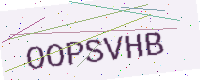
Text: OOPSVHB